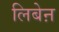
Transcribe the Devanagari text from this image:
लिबेऩ